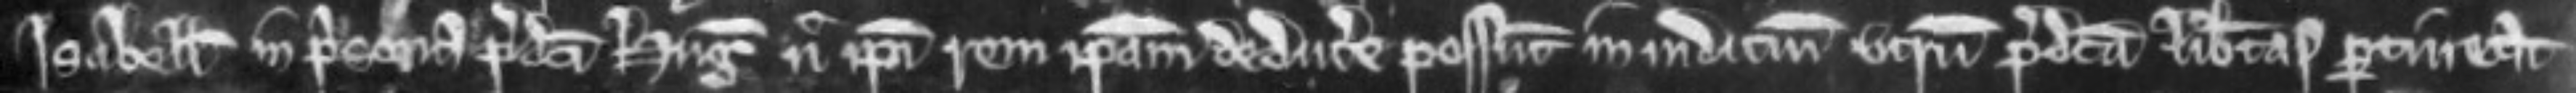
Isabellam in prisona predicti Hugonis nec ipsi rem ipsam deducere possint in judicium utrum predicta libertas pertineat